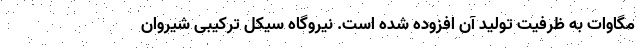
مگاوات به ظرفیت تولید آن افزوده شده است. نیروگاه سیکل ترکیبی شیروان